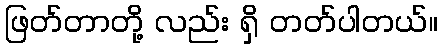
ဖြတ်တာတို့ လည်း ရှိ တတ်ပါတယ်။